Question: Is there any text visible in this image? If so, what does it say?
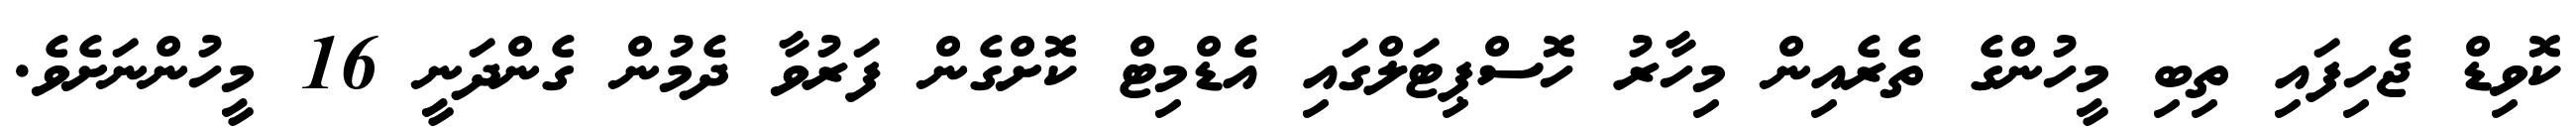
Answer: ކޮވިޑް ޖެހިފައި ތިބި މީހުންގެ ތެރެއިން މިހާރު ހޮސްޕިޓަލްގައި އެޑްމިޓް ކޮށްގެން ފަރުވާ ދެމުން ގެންދަނީ 16 މީހުންނަށެވެ.